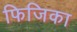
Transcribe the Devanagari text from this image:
फिजिका